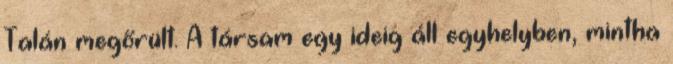
Talán megőrült. A társam egy ideig áll egyhelyben, mintha